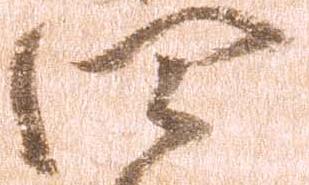
四